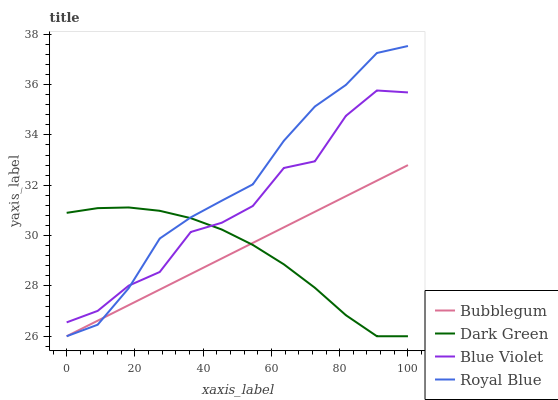
| xaxis_label | Bubblegum | Dark Green | Blue Violet | Royal Blue |
 | --- | --- | --- | --- | --- |
 | 0 | 26 | 30.9 | 26.6 | 26 |
 | 9.09 | 26.6 | 31.1 | 27 | 26.5 |
 | 18.2 | 27.2 | 31.1 | 28 | 27.9 |
 | 27.3 | 27.9 | 31 | 28.6 | 29.9 |
 | 36.4 | 28.5 | 30.7 | 30.1 | 30.7 |
 | 45.5 | 29.1 | 30.2 | 30.5 | 31.4 |
 | 54.5 | 29.7 | 29.6 | 31.2 | 32 |
 | 63.6 | 30.3 | 28.9 | 32.7 | 33.8 |
 | 72.7 | 30.9 | 27.9 | 33 | 35.1 |
 | 81.8 | 31.6 | 26.8 | 34.8 | 36 |
 | 90.9 | 32.2 | 26 | 35.8 | 37.3 |
 | 100 | 32.8 | 26 | 35.7 | 37.5 |